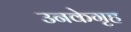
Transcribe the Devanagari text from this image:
उनकेगृह